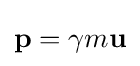
\mathbf {p} =\gamma m\mathbf {u} \,\!